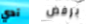
آدي برفض